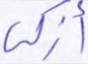
أزكى